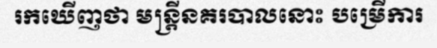
រកឃើញថា មន្ត្រីនគរបាលនោះ បម្រើការ